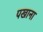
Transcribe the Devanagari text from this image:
पखाना